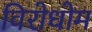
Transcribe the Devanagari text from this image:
विरोधोम